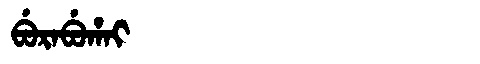
Manchu: ᠪᡠᡵᠠᠪᡠᡥᠠᡳ
Romanization: BURABUHAI